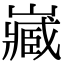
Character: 𡾻